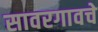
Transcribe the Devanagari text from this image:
सावरगावचे